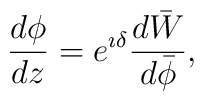
\frac{d\phi}{dz}= e^{\imath \delta} \frac{d\bar{W}}{d\bar{\phi}},